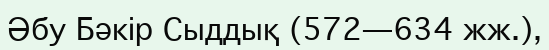
Әбу Бәкір Сыддық (572—634 жж.),